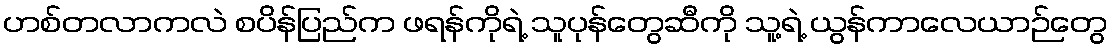
ဟစ်တလာကလဲ စပိန်ပြည်က ဖရန်ကိုရဲ့ သူပုန်တွေဆီကို သူ့ရဲ့ ယွန်ကာလေယာဉ်တွေ